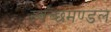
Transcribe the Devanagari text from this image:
स्‍वच्‍छमण्‍डल